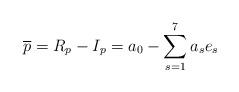
LaTeX: \begin{align*}\overline{p}=R_{p}-I_{p}=a_{0}-\sum_{s=1}^{7}a_{s}e_{s}\end{align*}